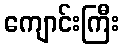
ကျောင်းကြီး